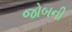
જોબની